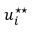
u _ { i } ^ { \star \star }